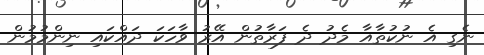
ނެގި އެ ނުކުތާއާ މެދު ދެ ފަރާތުން އޭރު ވާހަކަ ދައްކައި ނިންމުމުން